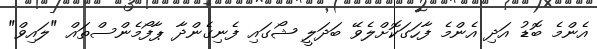
އެންމެ ބޮޑު އަދި އެންމެ ފާހަގަކޮށްލެވޭ ބަދަލީ ޝޯގައި ފެނިގެންދާ ޕާފޯމެންސްތައް "ލައިވް"